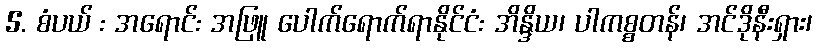
5. စံပယ် : အရောင်: အဖြူ ပေါက်ရောက်ရာနိုင်ငံ: အိန္ဒိယ၊ ပါကစ္စတန်၊ အင်ဒိုနီးရှား၊